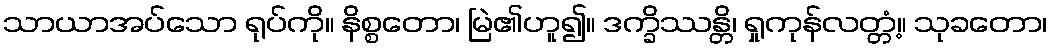
သာယာအပ်သော ရုပ်ကို။ နိစ္စတော၊ မြဲ၏ဟူ၍။ ဒက္ခိဿန္တိ၊ ရှုကုန်လတ္တံ့။ သုခတော၊